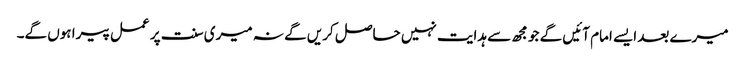
میرے بعد ایسے امام آئیں گے جو مجھ سے ہدایت نہیں حاصل کریں گے نہ میری سنت پر عمل پیرا ہوں گے۔